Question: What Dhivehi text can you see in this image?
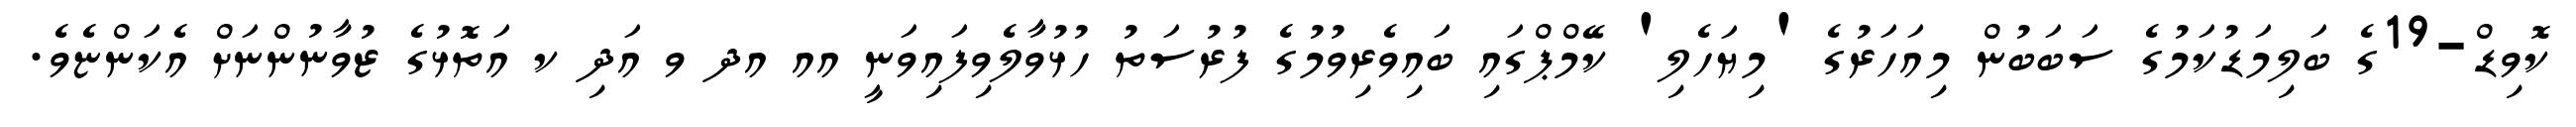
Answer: ކޮވިޑް-19ގެ ބަލިމަޑުކަމުގެ ސަބަބުން މިއަހަރުގެ 'މިޔަހެލި' ކޭމްޕްގައި ބައިވެރިވުމުގެ ފުރުސަތު ހުޅުވާލެވިފައިވަނީ އއ އދ ވ އަދި ކ އަތޮޅުގެ ޒުވާނުންނަށް އެކަންޏެވެ.